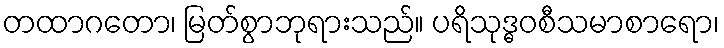
တထာဂတော၊ မြတ်စွာဘုရားသည်။ ပရိသုဒ္ဓဝစီသမာစာရော၊